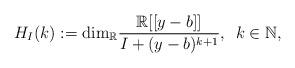
LaTeX: \begin{gather*}H_{I}(k):=\mbox{dim}_{\mathbb{R}}\frac{\mathbb{R}[[y-b]]}{I+(y-b)^{k+1}},\,\,\,k\in\mathbb{N},\end{gather*}